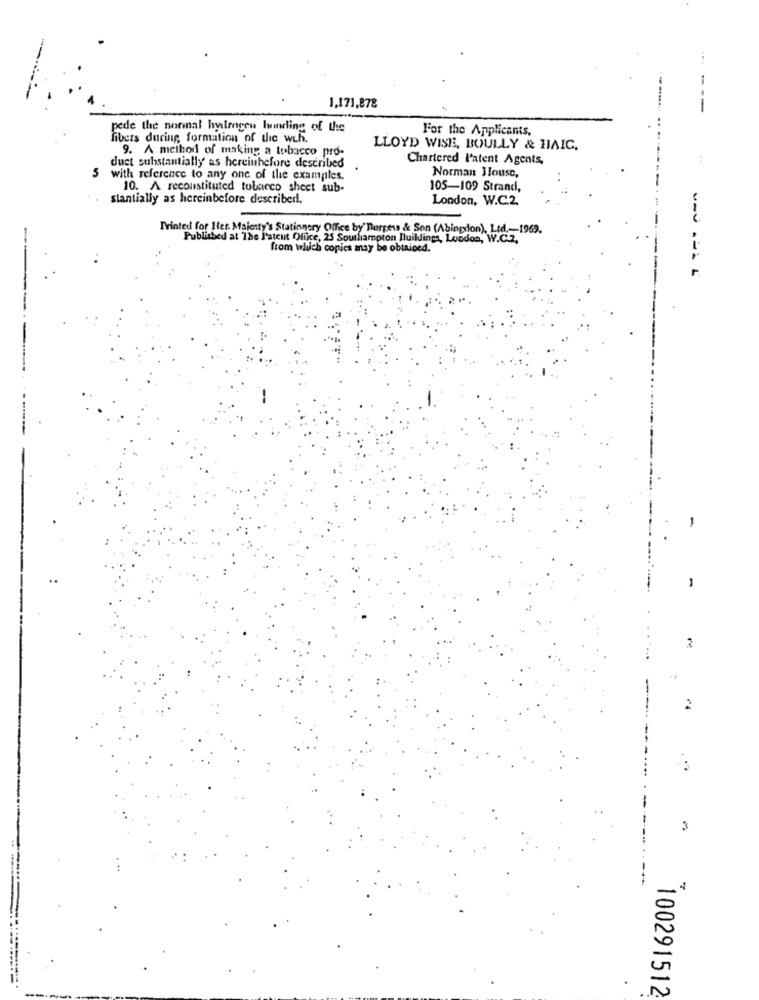
1,171,878
---
pede the nornal hydrogen lunling of the
For the Applicants,
fibers during formation of the wih.
9. A method of making a tobacco pro-
LLOYD WISE, BOULLY & HAIC.
Chartered l'atent Agents,
5
duet substantially as hereinthefore described
Norman Jouse,
with reference to any one of the examples.
10. A reconstituted tobacco sheet sub-
105-109 Strand,
slantially as hereinbefore described.
London, W.C.2.
Printed for Iter. Maietty's Stationery Office by' Borgess & Son (Abingrion), Led ,-- 1969.
Published at The Patcut Office, 25 Soulliampion Buildings, London, W.C.2.
from which copics may be obtained.
1
--
2
...
3
100291512